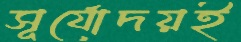
সূর্যোদয়ই